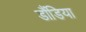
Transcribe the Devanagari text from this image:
डौंडिया